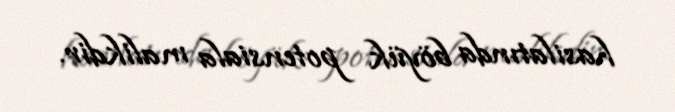
hasilatında böyük potensiala malikdir.